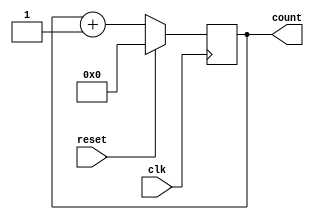
module binary_counter #(parameter N = 4) (
    input wire clk,           // Clock input
    input wire reset,         // Reset input
    output reg [N-1:0] count  // N-bit count output
);

    // Always block for counting
    always @(posedge clk) begin
        if (reset) begin
            count <= 0; // Reset count to 0
        end else begin
            count <= count + 1; // Increment count
        end
    end

endmodule